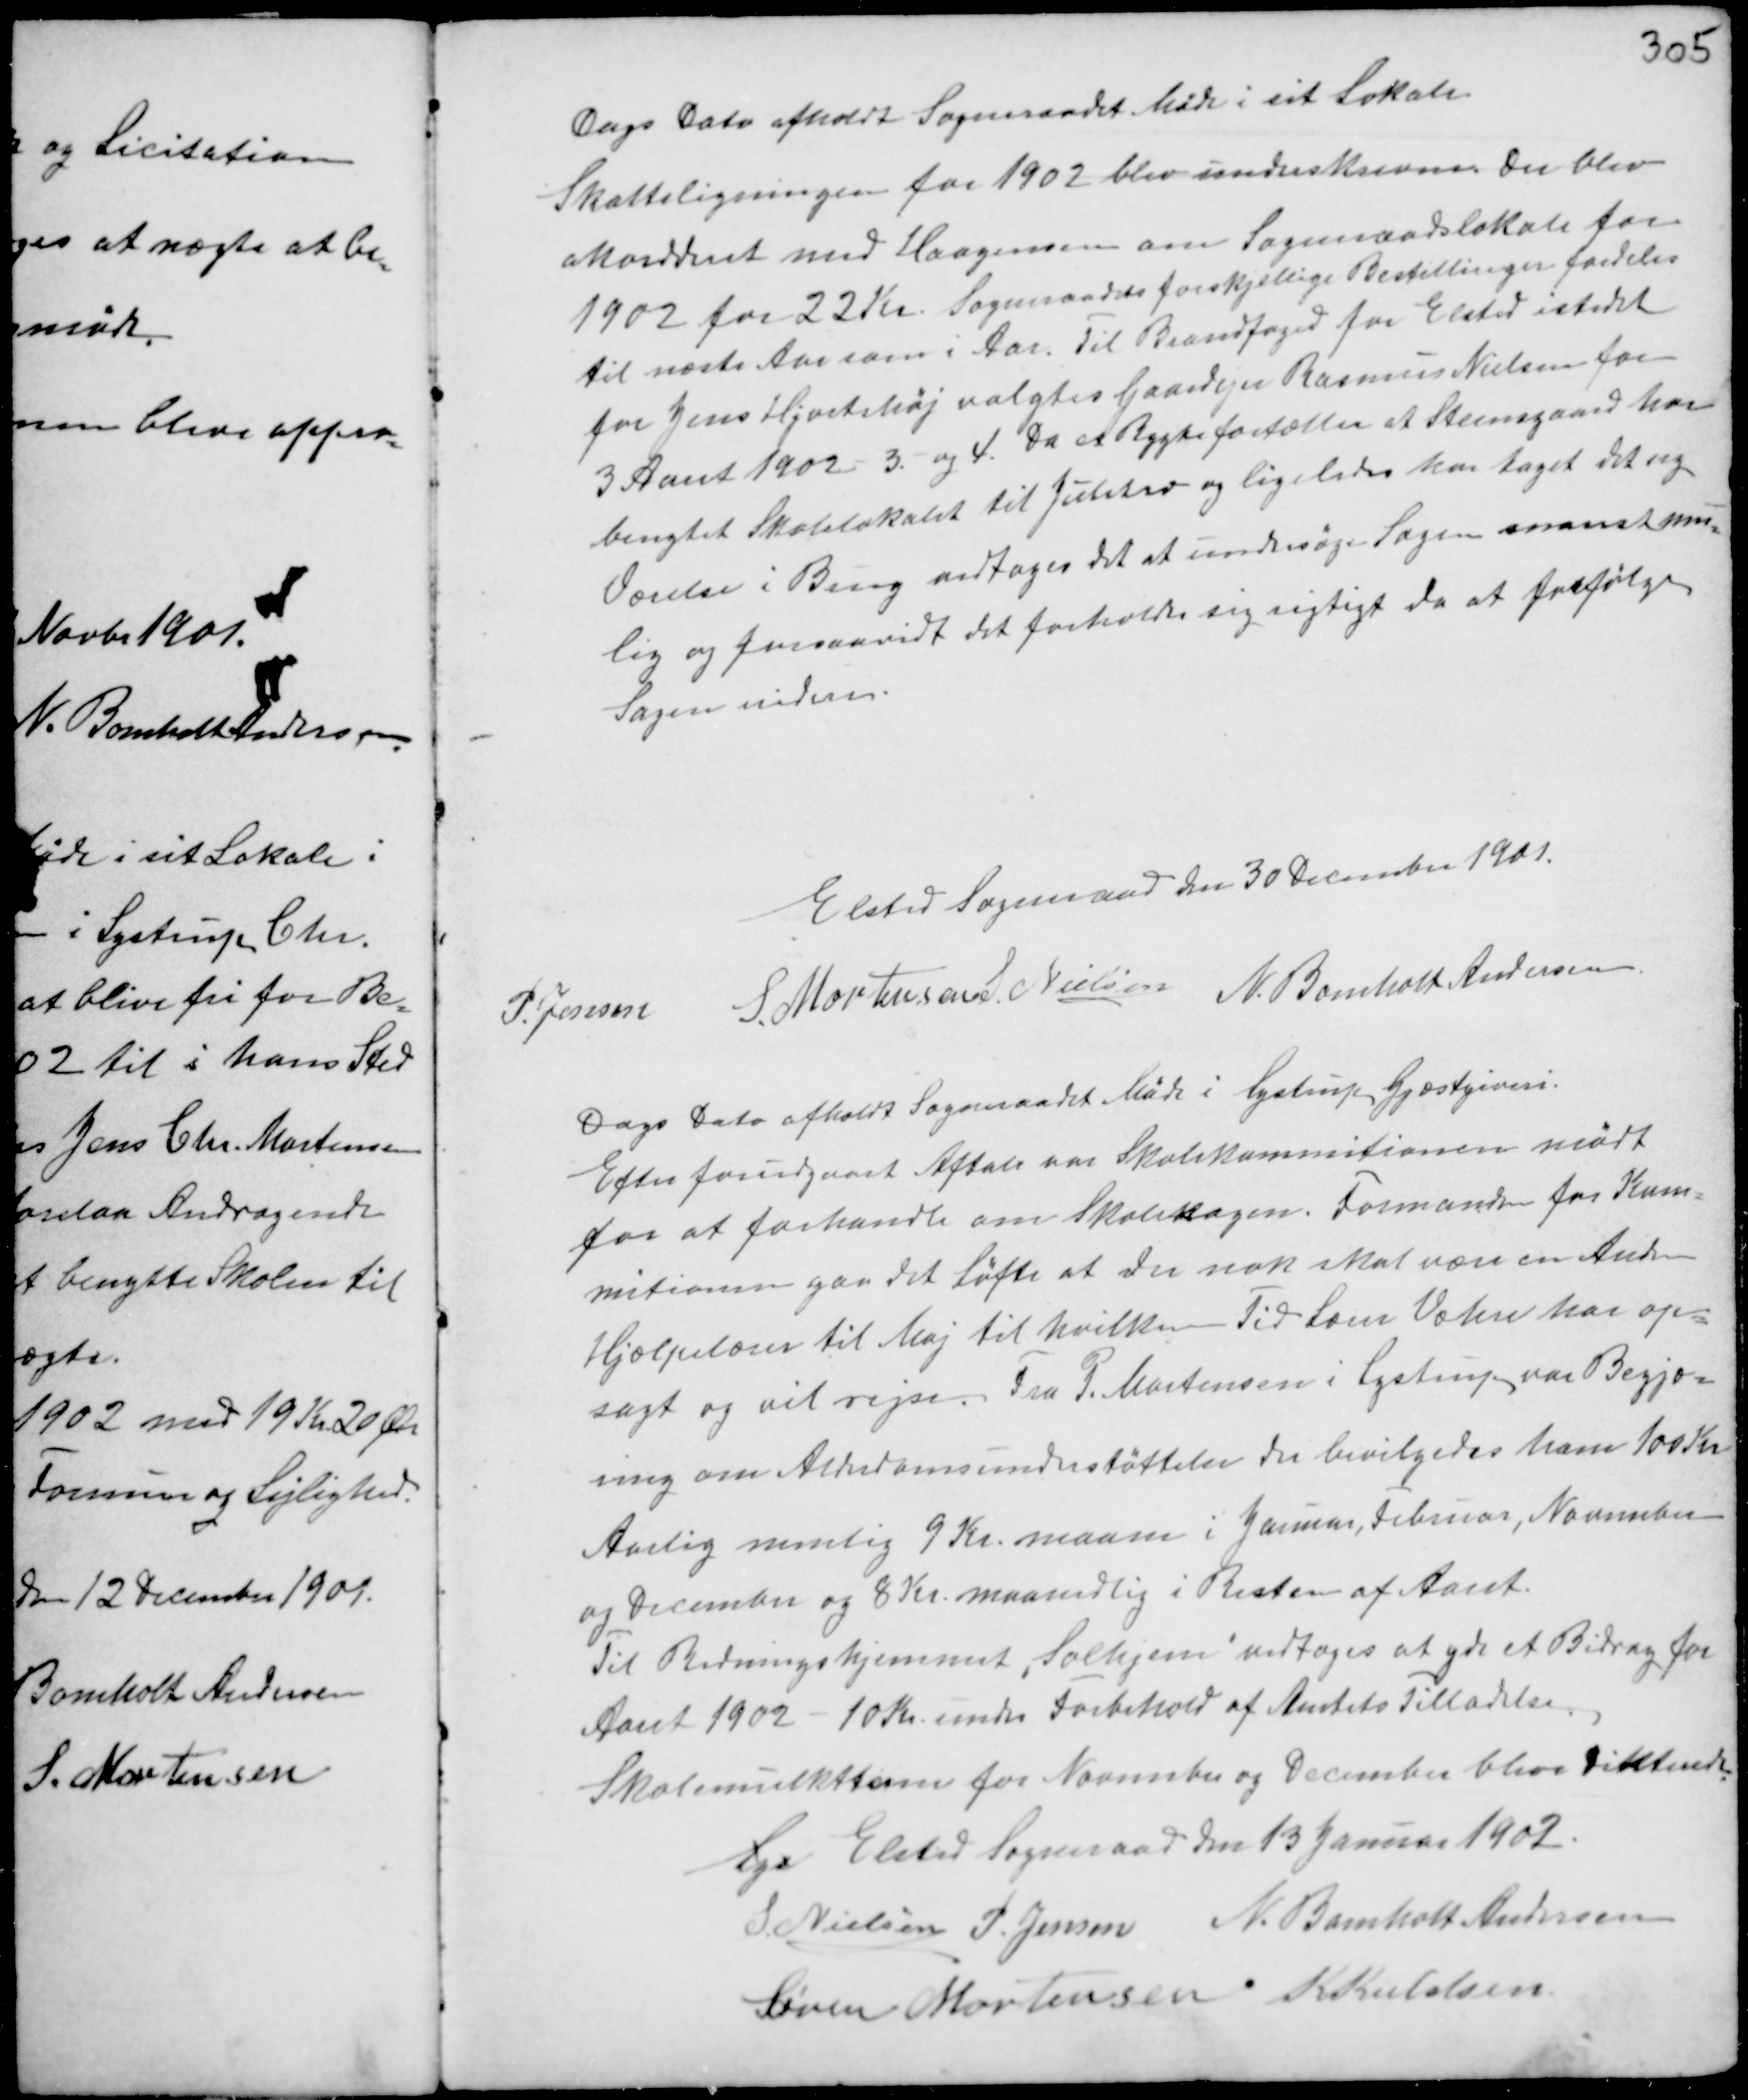
Transskription:
Dags Dato afholdt Sogneraadet Møde i sit Lokale.
Skatteligningen for 1902 blev underskreven. Der blev
Akorderet med Haagensen om Sogneraadslokale for
1902 for 22 Kr. Sogneraadets forskellige Bestillinger fordeles
til næste Aar som i Aar. Til Brandfoged for Elsted istedet
for Jens Hjortshøj valgtes Gaardejer Rasmus Nielsen for
3 Aaret 1902 - 3. og 4. Da et Rygte fortæller at Steensgaard har
benyttet Skolelokalet til Juletræ og ligeledes har taget det ny
Værelse i Brug vedtoges det at undersøge Sagen snarest mu-
lig og forsaavidt det forholder sig rigtig da at forfølge
Sagen videre.

Elsted Sogneraad den 30 December 1901.
P. Jensen S. Mortensen S. Nielsen N. Bomholt Andersen

Dags Dato afholdt Sogneraadet Møde i Lystrup Gjæstgiveri.
Efter forudgaaet Aftale var Skolekommitionen mødt
for at forhandle om Skolesagen. Formanden for Kum-
mitionen gav det Løfte at der nok skal en Anden
Hjælpelærer til Maj til hvilken Tid Lærer Væhre har op-
sagt og vil rejse. Fra P. Mortensen i Lystrup var Begjæ-
ring om Alderdomsunderstøttelse der bevilgedes ham 100 Kr
Aarlig nemlig 9 Kr. maam i Januar, Februar, November
og December og 8 Kr. maanedlig i Resten af Aaret.
Til Redningshjemmet "Solhjem" vedtoges at yde et Bidrag for
Aaret 1902 10 Kr. under Forbehold af Amtets Tilladelse.
Skolemulkterne for November og December blev dikterede.

Lys Elsted Sogneraad den 13 Januar 1902.
S. Nielsen P. Jensen N. Bomholt Andersen
Søren Mortensen K Kieldsen